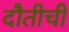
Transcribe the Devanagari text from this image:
दौतीची